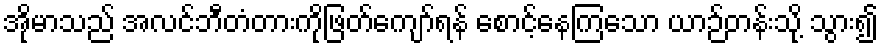
အိုမာသည် အလင်ဘီတံတားကိုဖြတ်ကျော်ရန် စောင့်နေကြသော ယာဉ်တန်းသို့ သွား၍